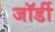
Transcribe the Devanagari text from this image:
जॉर्डी